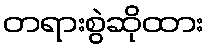
တရားစွဲဆိုထား